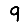
Digit: 9